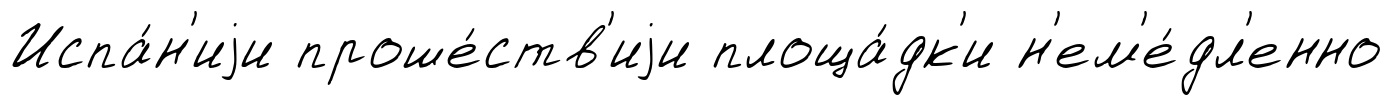
Испа́н'иjи проше́ств'иjи площа́дк'и н'ем'е́дл'енно